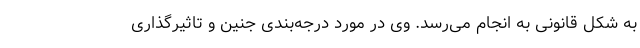
به شکل قانونی به انجام می‌رسد. وی در مورد درجه‌بندی جنین و تاثیرگذاری